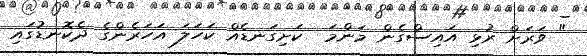
" ވަރަށް ރުޅި އައިސްގެން މަންމަ  ކަށިގަނޑެއް ކަހަލަ އަހަރެންގެ ދެކޮނޑުގައި